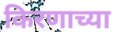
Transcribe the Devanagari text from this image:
किरणाच्या